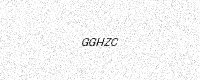
Text: GGHZC